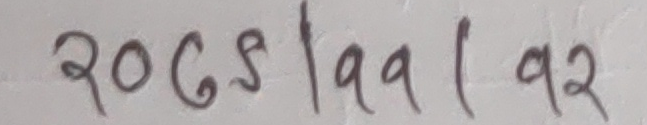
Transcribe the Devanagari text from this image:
२०६८|१९९|१९२